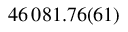
4 6 \, 0 8 1 . 7 6 ( 6 1 )